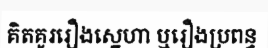
គិតគូររឿងស្នេហា ឬរឿងប្រពន្ធ